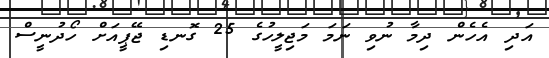
އަދި އެހެން ދިމާ ނުވި ނަމަ މަޖިލީހުގެ 25 ގޮނޑި ޖޭޕީއަށް ހޯދުނީސް